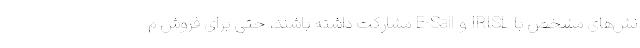
نش‌های مشخص با IRISL و E-Sail مشارکت داشته باشند، حتی برای فروش م